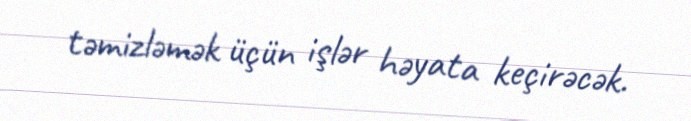
təmizləmək üçün işlər həyata keçirəcək.